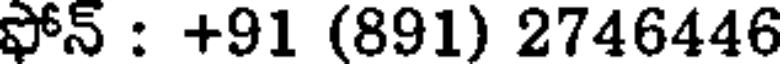
ఫోన్ : +91 (891) 2746446